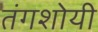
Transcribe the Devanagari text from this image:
तंगशोयी